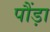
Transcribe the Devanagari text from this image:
पौंड़ा